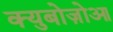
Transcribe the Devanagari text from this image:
क्युबोज़ोआ